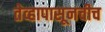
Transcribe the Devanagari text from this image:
तेव्हापासूनचीच